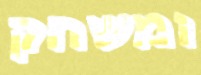
ומשחק